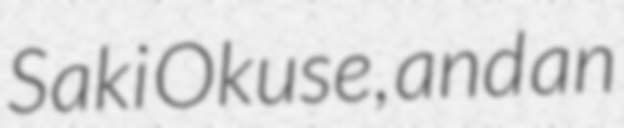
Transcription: Saki Okuse, and an